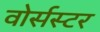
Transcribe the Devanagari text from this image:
वोर्सस्टर